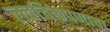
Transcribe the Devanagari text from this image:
लवचिकपणाचा